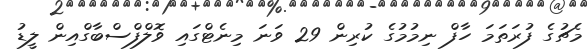
މެޗުގެ ފުރަތަމަ ހާފް ނިމުމުގެ ކުރިން 29 ވަނަ މިނެޓްގައި ވޮލްފްސްބާގްއިން ލީޑު